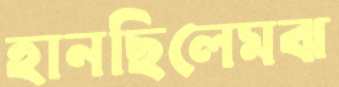
হানছিলেমঝ